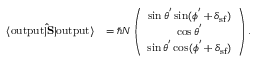
\begin{array} { r l } { \langle \mathrm { o u t p u t } | { \bf \hat { S } } | \mathrm { o u t p u t } \rangle } & { = \hbar N \left( \begin{array} { c } { \sin \theta ^ { ' } \sin ( \phi ^ { ' } + \delta _ { \mathrm { s f } } ) } \\ { \cos \theta ^ { ' } } \\ { \sin \theta ^ { ' } \cos ( \phi ^ { ' } + \delta _ { \mathrm { s f } } ) } \end{array} \right) . } \end{array}